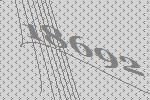
18692